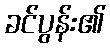
ခင်ပွန်း၏